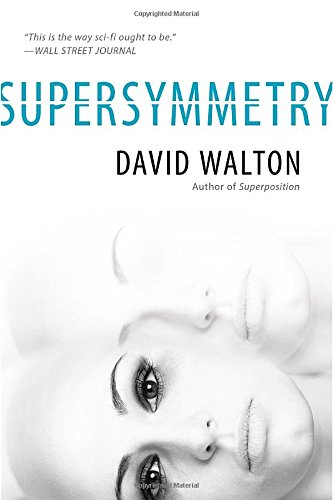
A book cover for Supersymmetry; David Walton; Mystery, Thriller & Suspense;